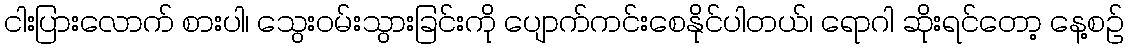
ငါးပြားလောက် စားပါ၊ သွေးဝမ်းသွားခြင်းကို ပျောက်ကင်းစေနိုင်ပါတယ်၊ ရောဂါ ဆိုးရင်တော့ နေ့စဉ်